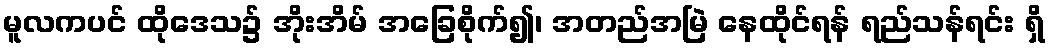
မူလကပင် ထိုဒေသ၌ အိုးအိမ် အခြေစိုက်၍၊ အတည်အမြဲ နေထိုင်ရန် ရည်သန်ရင်း ရှိ